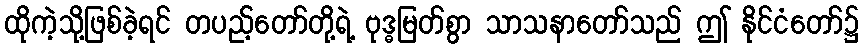
ထိုကဲ့သို့ဖြစ်ခဲ့ရင် တပည့်တော်တို့ရဲ့ ဗုဒ္ဓမြတ်စွာ သာသနာတော်သည် ဤ နိုင်ငံတော်၌